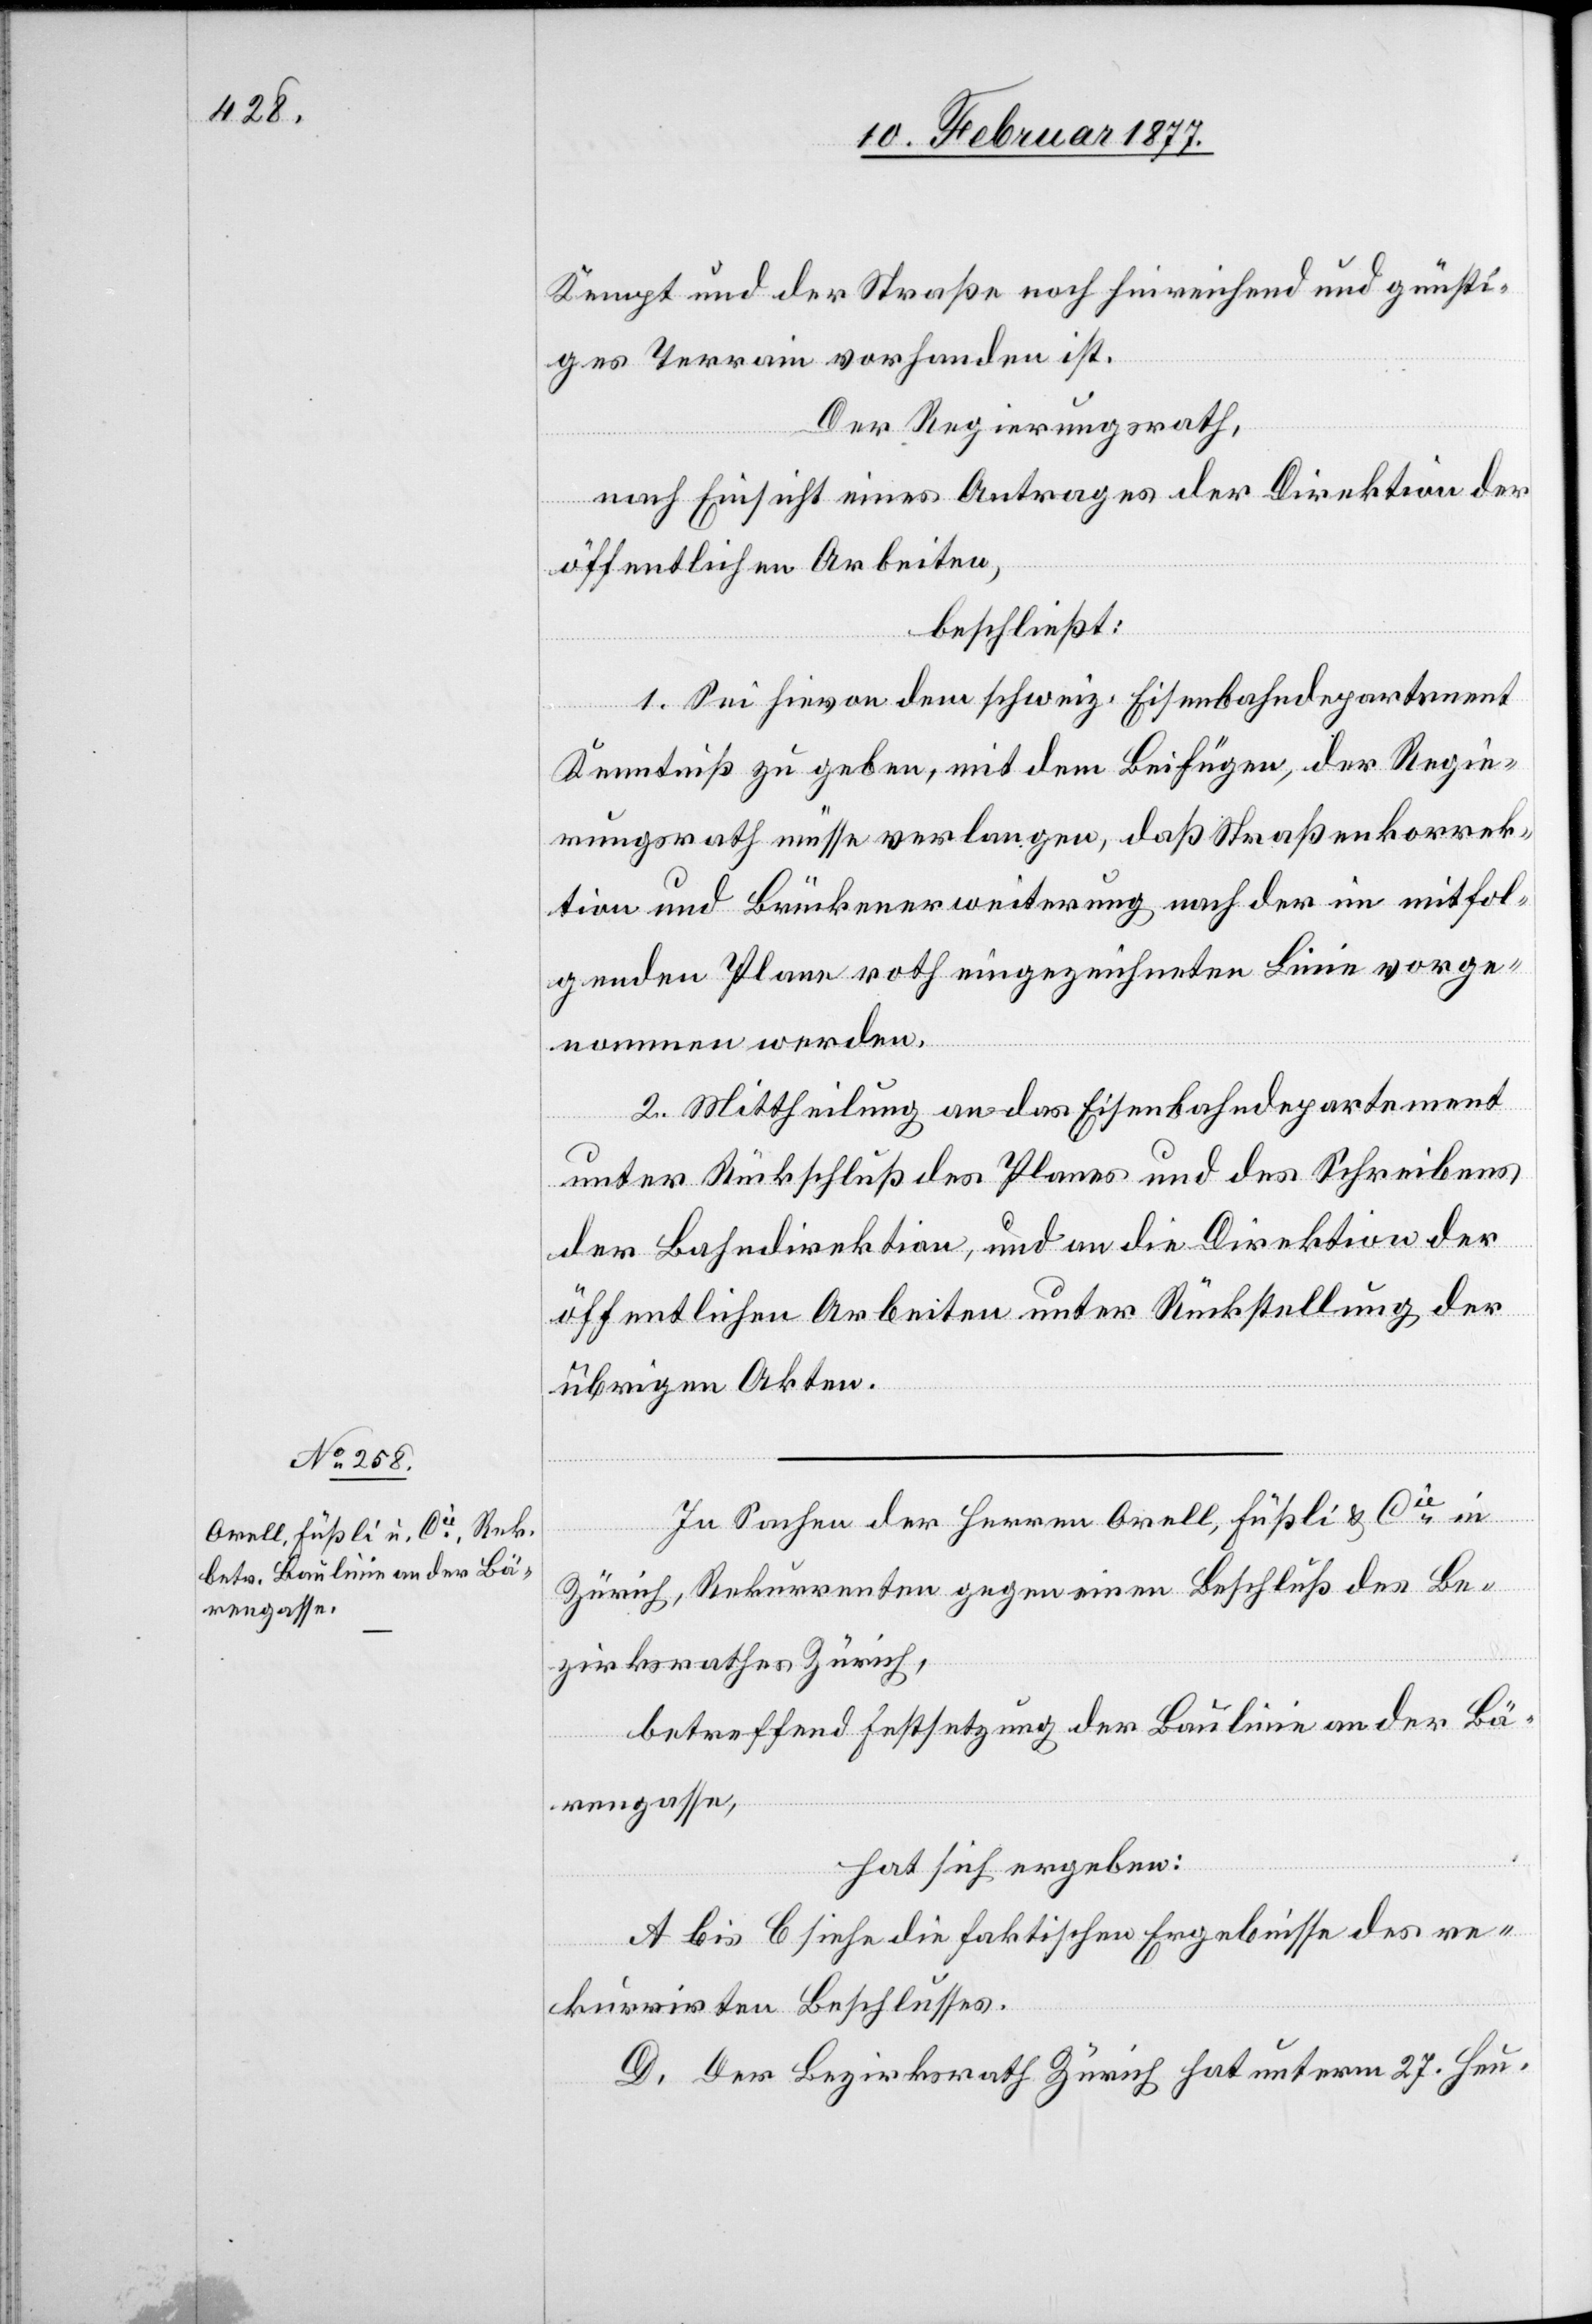
Kempt und der Straße noch hinreichend und günsti¬
ges Terrain vorhanden ist.
Der Regierungsrath,
nach Einsicht eines Antrages der Direktion der
öffentlichen Arbeiten.
beschließt:
1. Sei hievon dem schweiz. Eisenbahndepartement
Kenntniß zu geben, mit dem Beifügen, der Regie¬
rungsrath müsse verlangen, daß Straßenkorrek¬
tion und Brückenerweiterung nach der im mitfol¬
genden Plane roth eingezeichneten Linie vorge¬
nommen werden.
2. Mittheilung an das Eisenbahndepartement
unter Rückschluß des Planes und des Schreibens
der Bahndirektion, und an die Direktion der
öffentlichen Arbeiten unter Rückstellung der
übrigen Akten.
In Sachen der Herren Orell, Füßli & Cie in
Zürich, Rekurrenten gegen einen Beschluß des Be¬
zirksrathes Zürich,
betreffend Festsetzung der Baulinie an der Bä¬
rengasse,
hat sich ergeben:
A bis C siehe die faktischen Ergebnisse des re¬
kurrirten Beschlusses.
D. Der Bezirksrath Zürich hat unterm 27. Heu-